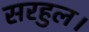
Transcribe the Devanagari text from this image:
सरहुल।